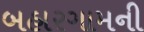
બહારગામની